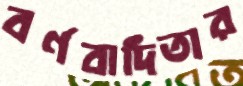
বর্ণবাদিতার